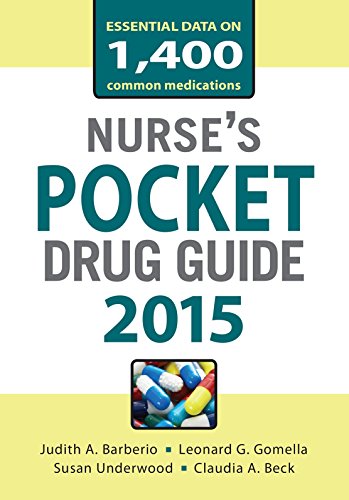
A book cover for Nurses Pocket Drug Guide 2015 (Pocket Reference); Judith Barberio; Medical Books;